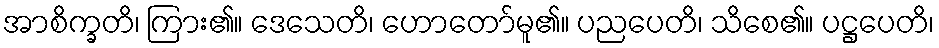
အာစိက္ခတိ၊ ကြား၏။ ဒေသေတိ၊ ဟောတော်မူ၏။ ပညပေတိ၊ သိစေ၏။ ပဋ္ဌပေတိ၊